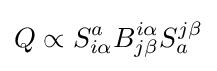
Q\propto S_{i\alpha }^{a}B_{j\beta }^{i\alpha }S_{a}^{j\beta }